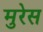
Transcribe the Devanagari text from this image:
मुरेस